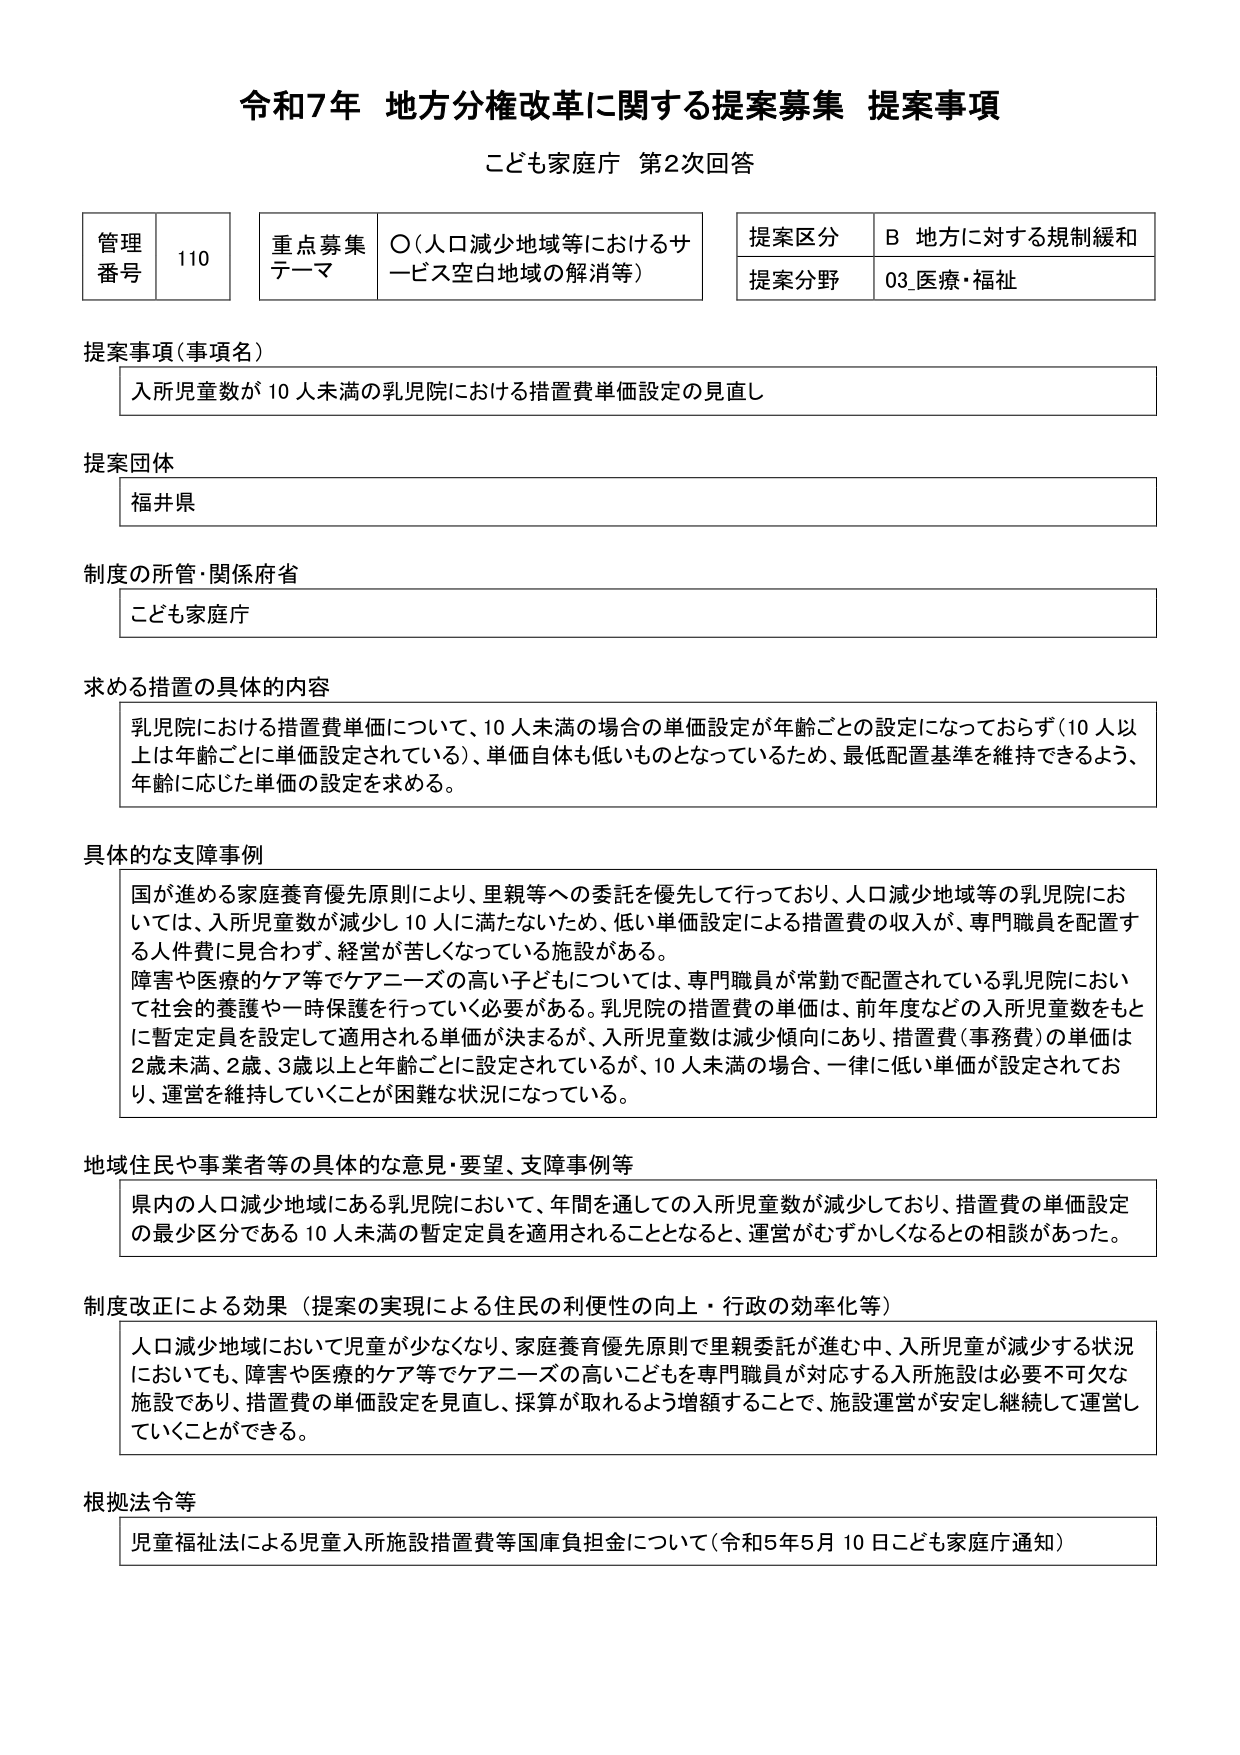
令和7年 地方分権改革に関する提案募集 提案事項
こども家庭庁 第2次回答

管理番号 110
重点募集テーマ ○（人口減少地域等におけるサービス空白地域の解消等）
提案区分 B 地方に対する規制緩和
提案分野 03_医療・福祉

提案事項（事項名）
入所児童数が10人未満の乳児院における措置費単価設定の見直し

提案団体
福井県

制度の所管・関係府省
こども家庭庁

求める措置の具体的内容
乳児院における措置費単価について、10人未満の場合の単価設定が年齢ごとの設定になっておらず（10人以上は年齢ごとに単価設定されている）、単価自体も低いものとなっているため、最低配置基準を維持できるよう、年齢に応じた単価の設定を求める。

具体的な支障事例
国が進める家庭養育優先原則により、里親等への委託を優先して行っており、人口減少地域等の乳児院においては、入所児童数が減少し10人に満たないため、低い単価設定による措置費の収入が、専門職員を配置する人件費に見合わず、経営が苦しくなっている施設がある。
障害や医療的ケア等でケアニーズの高い子どもについては、専門職員が常勤で配置されている乳児院において社会的養護や一時保護を行っていく必要がある。乳児院の措置費の単価は、前年度などの入所児童数をもとに暫定定員を設定して適用される単価が決まるが、入所児童数は減少傾向にあり、措置費（事務費）の単価は2歳未満、2歳、3歳以上と年齢ごとに設定されているが、10人未満の場合、一律に低い単価が設定されており、運営を維持していくことが困難な状況になっている。

地域住民や事業者等の具体的な意見・要望、支障事例等
県内の人口減少地域にある乳児院において、年間を通じての入所児童数が減少しており、措置費の単価設定の最少区分である10人未満の暫定定員が適用されることとなると、運営がむずかしくなるとの相談があった。

制度改正による効果（提案の実現による住民の利便性の向上・行政の効率化等）
人口減少地域において児童が少なくなり、家庭養育優先原則で里親委託が進む中、入所児童が減少する状況においても、障害や医療的ケア等でケアニーズの高い子どもを専門職員が対応する入所施設は必要不可欠な施設であり、措置費の単価設定を見直し、採算が取れるよう増額することで、施設運営が安定し継続して運営していくことができる。

根拠法令等
児童福祉法による児童入所施設措置費等国庫負担金について（令和5年5月10日こども家庭庁通知）